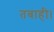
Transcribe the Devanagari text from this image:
तबाही।